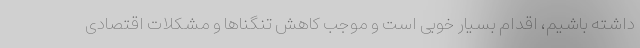
داشته باشیم، اقدام بسیار خوبی است و موجب کاهش تنگناها و مشکلات اقتصادی